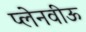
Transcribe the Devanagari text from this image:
प्लेनवीऊ